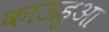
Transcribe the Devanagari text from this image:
काऊहुआ